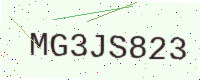
Text: MG3JS823